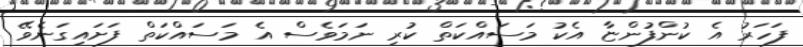
ފަހަރު އެ ކުންފުންޏާ އެކު މަސައްކަތް ކުރި ނަމަވެސް އެ މަސައްކަތް ފަށައިގަނެވޭ